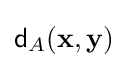
{\mathsf {d}}_{A}(\mathbf {x} ,\mathbf {y} )